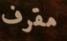
مقرف